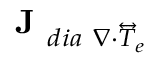
\textbf { J } _ { d i a \ \nabla \cdot \overleftrightarrow { T } _ { e } }